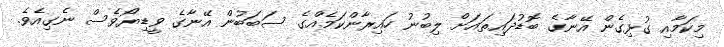
މިކަމާއި ގުޅިގެން އޭނާގެ ބޮޑުދައިތައަށް ލިބުނު ހައިރާންކަމެއްގެ ސަބަބުން އޭނާގެ ވީޑިޔޯވެސް ނެގިއެވެ.